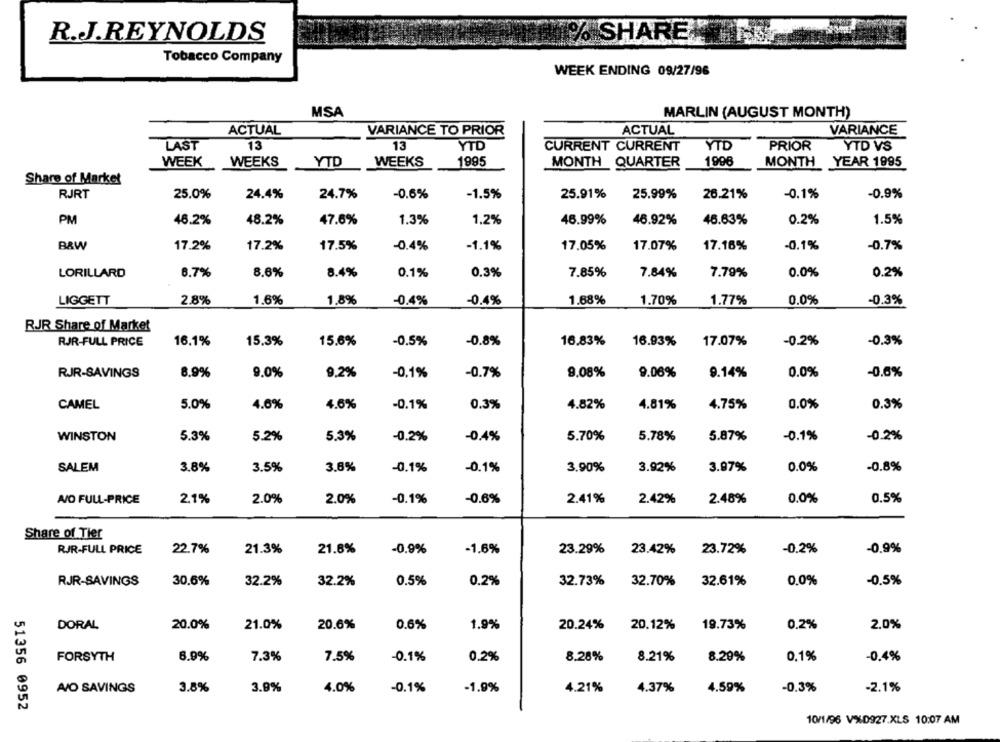
R.J.REYNOLDS
% SHARE
Tobacco Company
WEEK ENDING 09/27/96
MSA
MARLIN (AUGUST MONTH)
ACTUAL
VARIANCE TO PRIOR
ACTUAL
VARIANCE
LAST
13
13
YTD
CURRENT CURRENT
YTD
PRIOR
YTD VS
WEEK
YTD
WEEKS
1995
MONTH QUARTER
1996
MONTH
YEAR 1995
WEEKS
Share of Market
-0.6%
-0.9%
RJRT
25.0%
24.4%
24.7%
-1.5%
25.91%
25.99%
26.21%
-0.1%
PM
46.2%
48.2%
47.6%
1.3%
1.2%
46.99%
46.92%
46.63%
0.2%
1.5%
-0.1%
B&W
17.2%
17.2%
17.5%
-0.4%
-1.1%
17.05%
17.07%
17.16%
-0.7%
LORILLARD
6.7%
8.6%
8.4%
0.1%
0.3%
7.85%
7.84%
7.79%
0.0%
0.2%
LIGGETT
2.8%
1.6%
1.8%
-0.4%
-0.4%
1.68%
1.70%
1.77%
0.0%
-0.3%
RJR Share of Market
16.1%
15.3%
15.6%
-0.5%
-0.8%
16.83%
-0.2%
-0.3%
RJR-FULL PRICE
16.93%
17.07%
RJR-SAVINGS
8.9%
9.0%
9.2%
-0.1%
-0.7%
9.08%
9.06%
9.14%
0.0%
-0,6%
CAMEL
5.0%
4.6%
4.6%
-0.1%
0.3%
4.82%
4.81%
4.75%
0.0%
0.3%
WINSTON
5.3%
5.2%
5.3%
-0.2%
-0.4%
5.70%
5.78%
5.87%
-0.1%
-0.2%
SALEM
3.8%
3.8%
-0.1%
-0.1%
3.90%
3.92%
0.0%
-0.8%
3.5%
3.97%
A/O FULL-PRICE
2.1%
2.0%
2.0%
-0.1%
-0.6%
2.41%
2.42%
2.48%
0.0%
0.5%
Share of Tier
RJR-FULL PRICE
22.7%
21.3%
21.8%
-0.9%
-1.6%
23.29%
23.72%
-0.2%
-0.9%
23.42%
RJR-SAVINGS
30.6%
32.2%
32.2%
0.5%
0.2%
32.73%
32.70%
32.61%
0,0%
-0.5%
DORAL
20.0%
21.0%
20.6%
0.6%
1.9%
20.24%
20.12%
19.73%
0.2%
2.0%
FORSYTH
6.9%
7.3%
7.5%
-0.1%
0.2%
8.28%
8.21%
8.29%
0.1%
-0,4%
AVIO SAVINGS
3.8%
3.9%
4.0%
-0.1%
-1.9%
4.21%
4.37%
4.59%
-0.3%
-2.1%
51356 0952
10/1/96 VXD927.XLS 10:07 AM